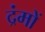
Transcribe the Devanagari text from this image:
द्रंमों